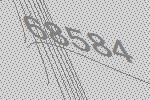
68584